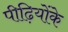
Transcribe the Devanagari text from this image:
पीढ़ियोंके